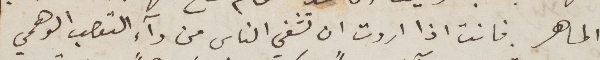
الماهر. فانت اذا اردت أن تشفي الناس من دآء التعصب الوهمي